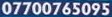
07700765095